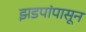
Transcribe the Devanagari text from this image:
झडपांपासून